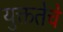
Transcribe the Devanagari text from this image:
युक्ततेचे